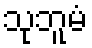
သုဘူမံ